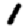
Digit: 1